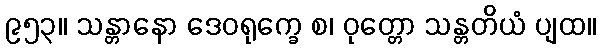
၉၅၃။ သန္တာနော ဒေဝရုက္ခေ စ၊ ဝုတ္တော သန္တတိယံ ပျထ။